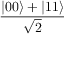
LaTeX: \frac { | 0 0 \rangle + | 1 1 \rangle } { \sqrt { 2 } }